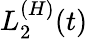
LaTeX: L_{2}^{(H)}(t)